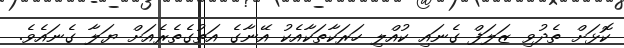
ކޮޅަށް ތެދުވި ޒަލަފް ގެނައި ކުއްލި ހަރަކާތަކާއެކު އޭނާގެ އަތުގެތެރެއަށް ޔަލާ ގެނައެވެ.